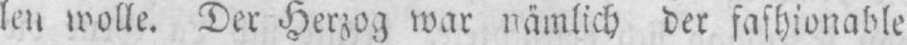
len wolle. Der Herzog war nämlich der fashionable